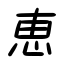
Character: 恵